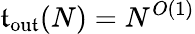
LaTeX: \mathfrak{t}_{\mathrm{{ou\mathfrak{t}}}}(N)=N^{O(1)}